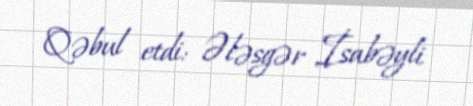
Qəbul etdi: Ələsgər İsabəyli